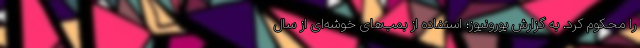
را محکوم کرد. به گزارش یورونیوز؛ استفاده از بمب‌های خوشه‌ای از سال